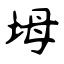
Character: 坶